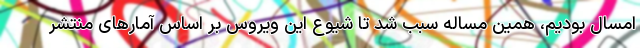
امسال بودیم، همین مساله سبب شد تا شیوع این ویروس بر اساس آمارهای منتشر